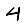
Digit: 4